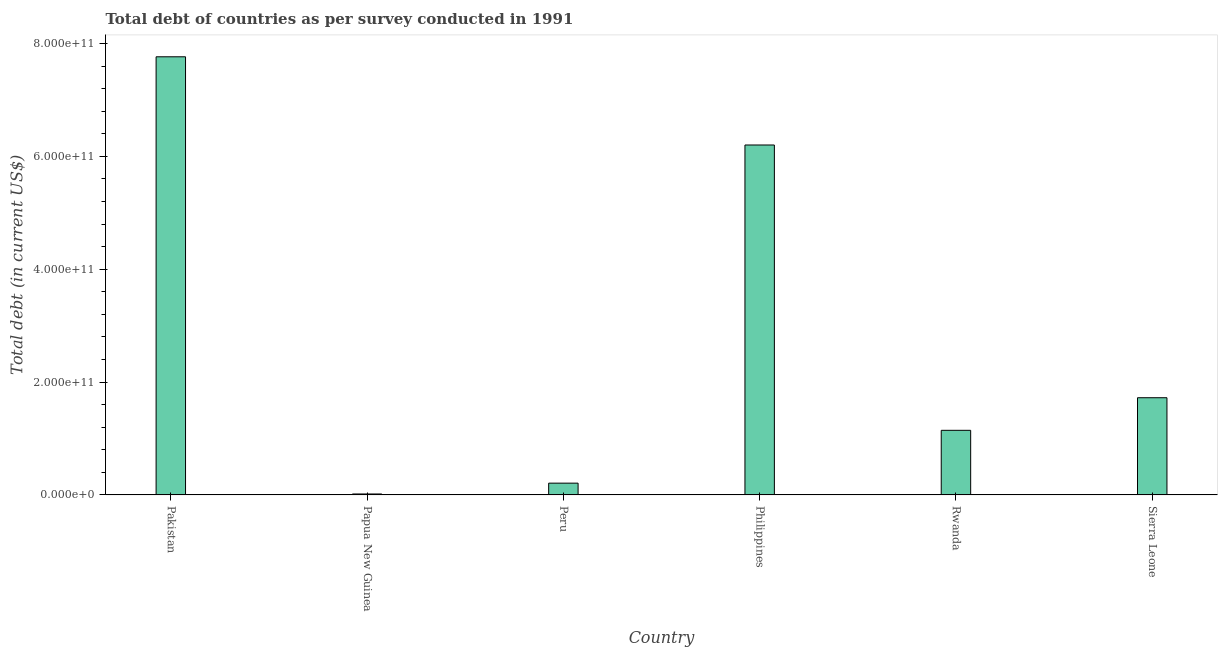
| Country | Central government debt |
 | --- | --- |
 | Pakistan | 7.77e+11 |
 | Papua New Guinea | 1.68e+09 |
 | Peru | 2.09e+10 |
 | Philippines | 6.2e+11 |
 | Rwanda | 1.15e+11 |
 | Sierra Leone | 1.72e+11 |